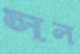
সল্